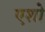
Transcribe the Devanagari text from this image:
एशो